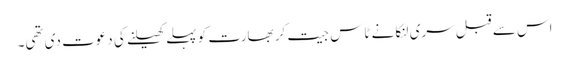
اس سے قبل سری لنکا نے ٹاس جیت کر بھارت کو پہلے کھیلنے کی دعوت دی تھی۔